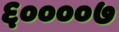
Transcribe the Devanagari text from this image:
६००००७